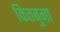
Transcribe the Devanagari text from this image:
कितबुगा